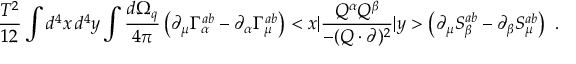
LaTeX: \frac { T ^ { 2 } } { 1 2 } \int d ^ { 4 } x \, d ^ { 4 } y \int \frac { d \Omega _ { q } } { 4 \pi } \left( \partial _ { \mu } \Gamma _ { \alpha } ^ { a b } - \partial _ { \alpha } \Gamma _ { \mu } ^ { a b } \right) < x | \frac { Q ^ { \alpha } Q ^ { \beta } } { - ( Q \cdot \partial ) ^ { 2 } } | y > \left( \partial _ { \mu } S _ { \beta } ^ { a b } - \partial _ { \beta } S _ { \mu } ^ { a b } \right) \ .